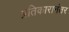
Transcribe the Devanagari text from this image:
प्रतिकारानंतर